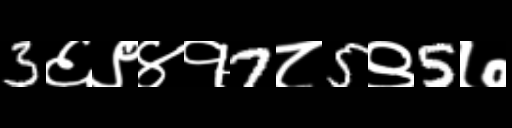
Text: 3६९४१7८5९5७